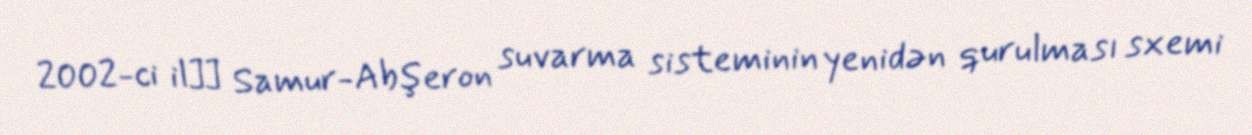
2002-ci il]] Samur-Abşeron suvarma sisteminin yenidən qurulması sxemi